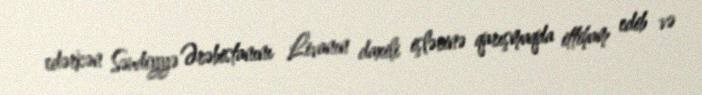
edərkən Səudiyyə Ərəbistanını Livanın daxili işlərinə qarışmaqda ittiham edib və